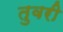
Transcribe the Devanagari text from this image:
तुवरी